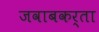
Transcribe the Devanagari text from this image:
जवाबकर्ता